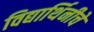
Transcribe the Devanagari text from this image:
विद्यार्थिनीचे